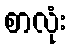
စာလုံး